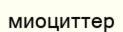
миоциттер